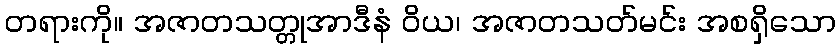
တရားကို။ အဇာတသတ္တုအာဒီနံ ဝိယ၊ အဇာတသတ်မင်း အစရှိသော